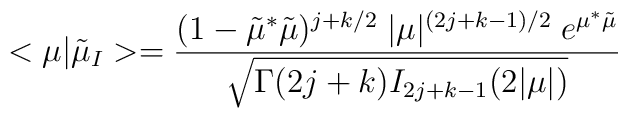
<\mu|\tilde{\mu}_I>=\frac{(1-\tilde{\mu}^*\tilde{\mu})^{j+k/2}\;|\mu|^{(2j+k-1)/2}\;e^{\mu^*\tilde{\mu}}}{\sqrt{\Gamma(2j+k)I_{2j+k-1}(2|\mu|)}}